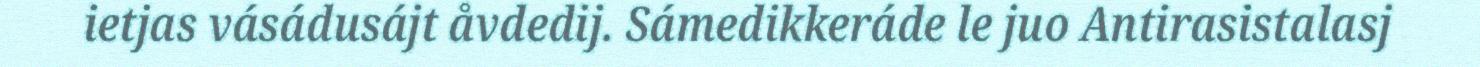
ietjas vásádusájt åvdedij. Sámedikkeráde le juo Antirasistalasj